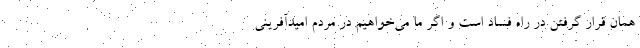
همان قرار گرفتن در راه فساد است و اگر ما می‌خواهیم در مردم امیدآفرینی